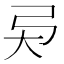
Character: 𢎴